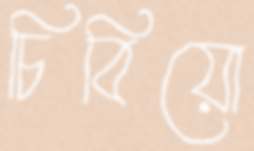
চিবিয়ো